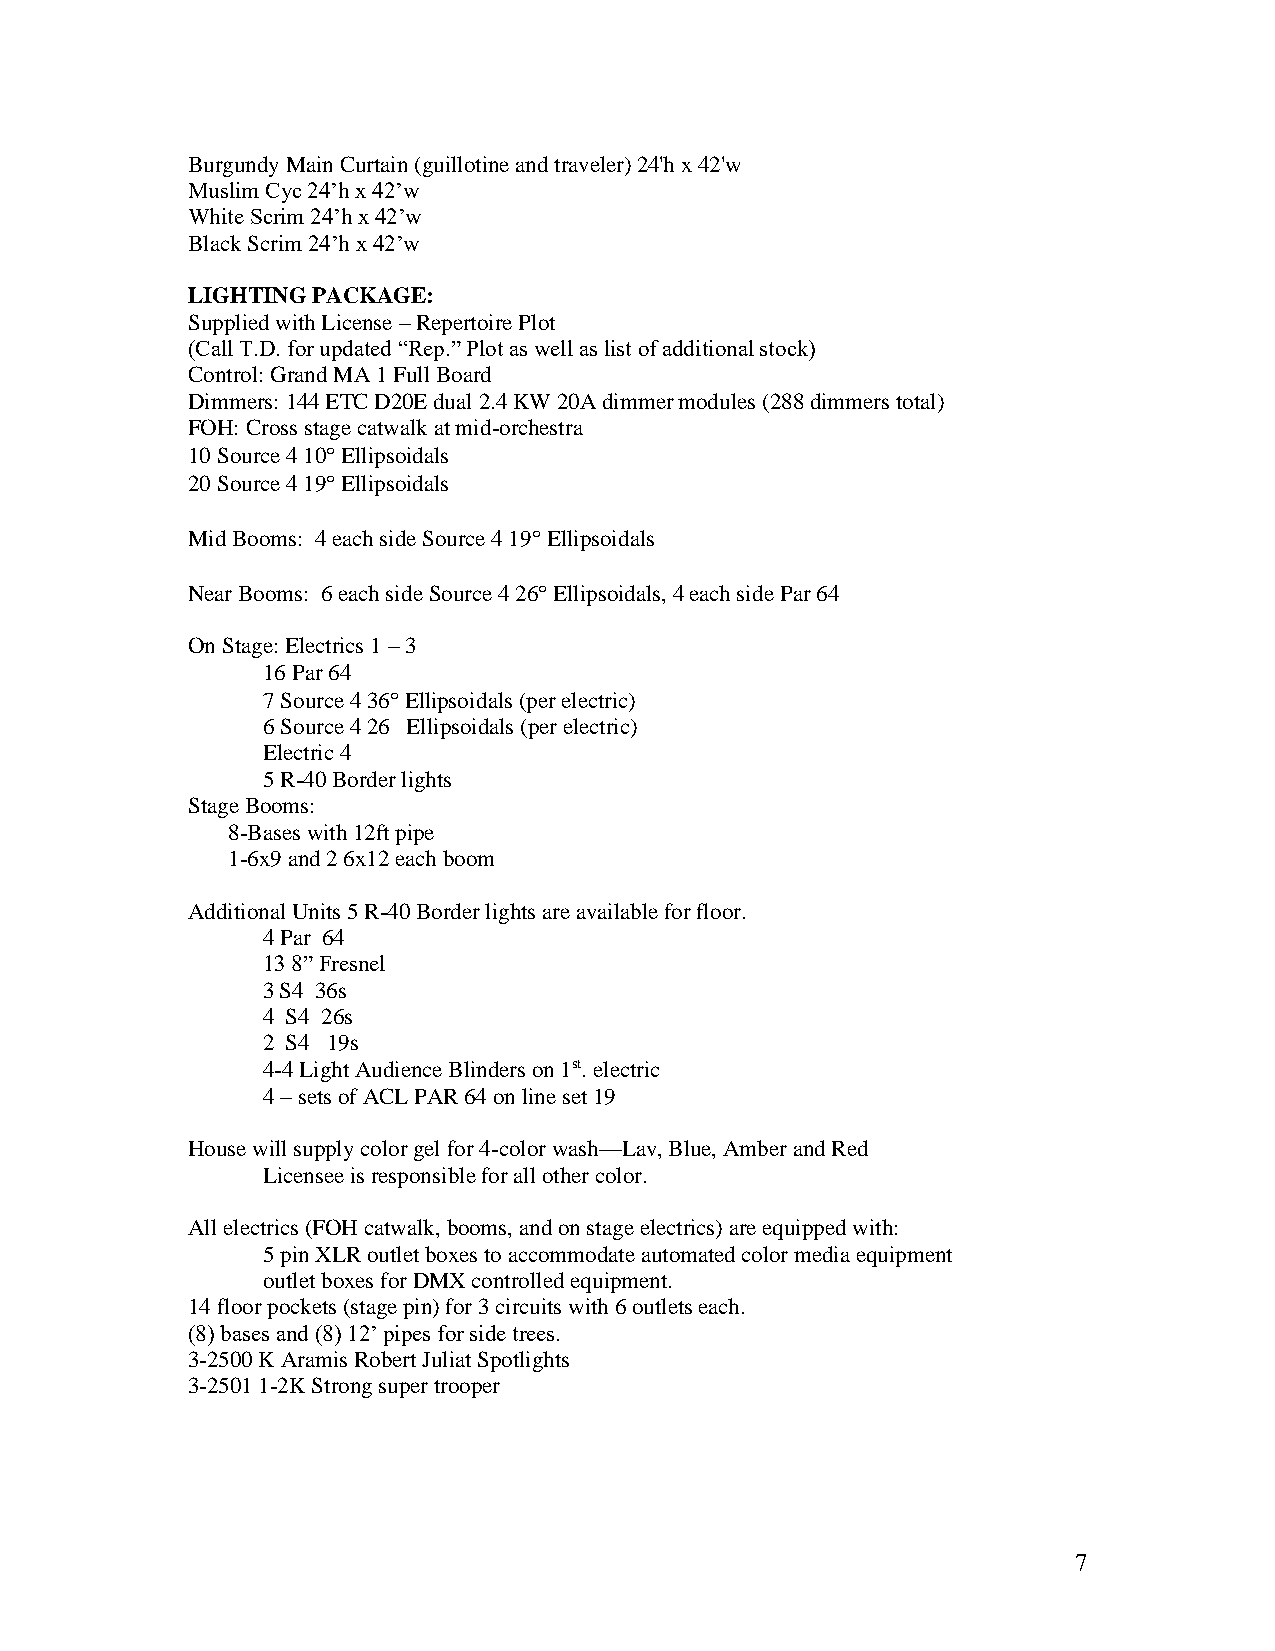
Burgundy Main Curtain (guillotine and traveler) 24'h x 42'w
 Muslim Cyc 24’h x 42’w
 White Scrim 24’h x 42’w
 Black Scrim 24’h x 42’w
 LIGHTING PACKAGE:
 Supplied with License – Repertoire Plot
 (Call T.D. for updated “Rep.” Plot as well as list of additional stock)
 Control: Grand MA 1 Full Board
 Dimmers: 144 ETC D20E dual 2.4 KW 20A dimmer modules (288 dimmers total)
 FOH: Cross stage catwalk at mid-orchestra
 10 Source 4 10 Ellipsoidals
 20 Source 4 19 Ellipsoidals
 Mid Booms: 4 each side Source 4 19 Ellipsoidals
 Near Booms: 6 each side Source 4 26 Ellipsoidals, 4 each side Par 64
 On Stage: Electrics 1 – 3
 16 Par 64
 7 Source 4 36 Ellipsoidals (per electric)
 6 Source 4 26 Ellipsoidals (per electric)
 Electric 4
 5 R-40 Border lights
 Stage Booms:
 8-Bases with 12ft pipe
 1-6x9 and 2 6x12 each boom
 Additional Units 5 R-40 Border lights are available for floor.
 4 Par 64
 13 8” Fresnel
 3 S4 36s
 4 S4 26s
 2 S4 19s
 4-4 Light Audience Blinders on 1st. electric
 4 – sets of ACL PAR 64 on line set 19
 House will supply color gel for 4-color wash—Lav, Blue, Amber and Red
 Licensee is responsible for all other color.
 All electrics (FOH catwalk, booms, and on stage electrics) are equipped with:
 5 pin XLR outlet boxes to accommodate automated color media equipment
 outlet boxes for DMX controlled equipment.
 14 floor pockets (stage pin) for 3 circuits with 6 outlets each.
 (8) bases and (8) 12’ pipes for side trees.
 3-2500 K Aramis Robert Juliat Spotlights
 3-2501 1-2K Strong super trooper
 7